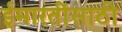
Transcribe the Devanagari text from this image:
ईमारतींसाठी